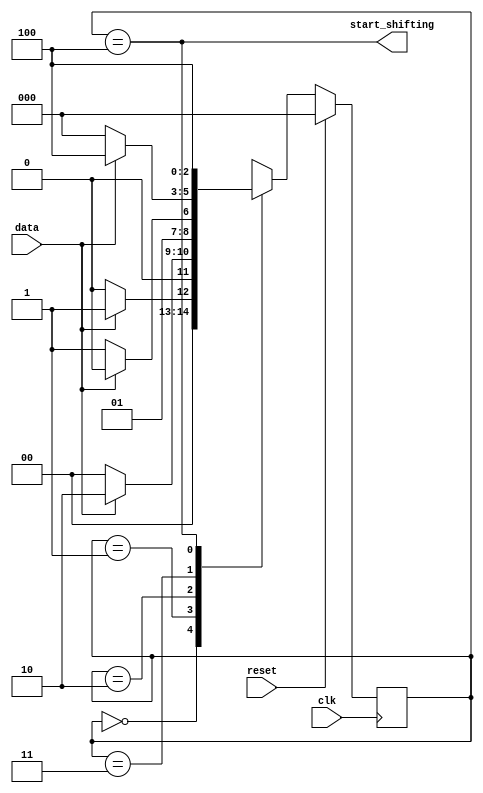
// detects the sequence 1101 in an input bit stream
module top_module (
    input clk,
    input reset,      // Synchronous reset
    input data,
    output start_shifting);

    parameter [2:0] S0 = 0, S1 = 1, S2 = 2, S3 = 3, S4 = 4;
    reg [2:0] state, next_state;

    always @(*) begin
        case (state) 
            S0: next_state = data ? S1 : S0; 
            S1: next_state = data ? S2 : S0;
            S2: next_state = data ? S2 : S3;
            S3: next_state = data ? S4 : S0;
            S4: next_state = data ? S4 : S4;
            default: next_state = 3'hx;
        endcase
    end

    always @(posedge clk) begin
        if (reset)  state <= S0;
        else        state <= next_state;
    end

    assign start_shifting = (state == S4);

    // // why FSM?
    // parameter [3:0] pattern = 4'b1101;
    // reg [3:0] sh_reg;

    // always @(posedge clk) begin
    //     if (reset)  sh_reg <= 4'h0;
    //     else if (sh_reg == pattern) sh_reg <= sh_reg;
    //     else        sh_reg <= {sh_reg[2:0], data};
    // end

    // assign start_shifting = (sh_reg == pattern);

endmodule